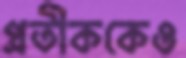
প্রতীককেও